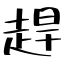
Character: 趕